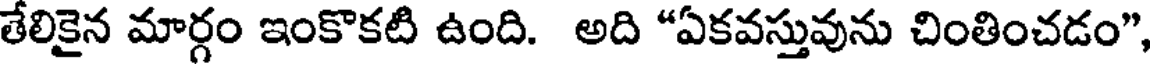
తేలికైన మార్గం ఇంకొకటి ఉంది. అది "ఏకవస్తువును చింతించడం",